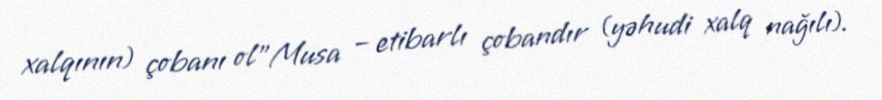
xalqının) çobanı ol”Musa – etibarlı çobandır (yəhudi xalq nağılı).